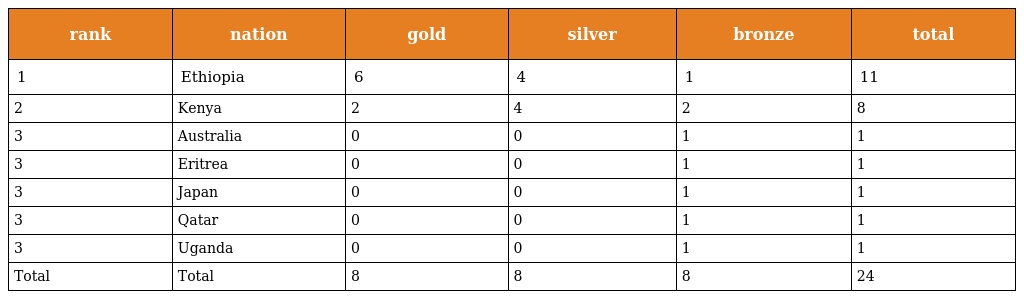
| rank | nation | gold | silver | bronze | total |
 | --- | --- | --- | --- | --- | --- |
 | 1 | Ethiopia | 6 | 4 | 1 | 11 |
 | 2 | Kenya | 2 | 4 | 2 | 8 |
 | 3 | Australia | 0 | 0 | 1 | 1 |
 | 3 | Eritrea | 0 | 0 | 1 | 1 |
 | 3 | Japan | 0 | 0 | 1 | 1 |
 | 3 | Qatar | 0 | 0 | 1 | 1 |
 | 3 | Uganda | 0 | 0 | 1 | 1 |
 | Total | Total | 8 | 8 | 8 | 24 |